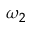
\omega _ { 2 }